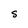
Character: S